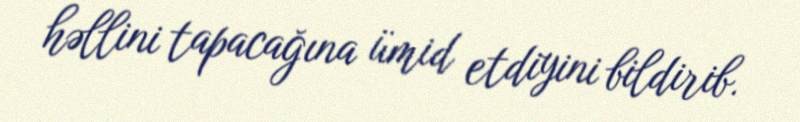
həllini tapacağına ümid etdiyini bildirib.